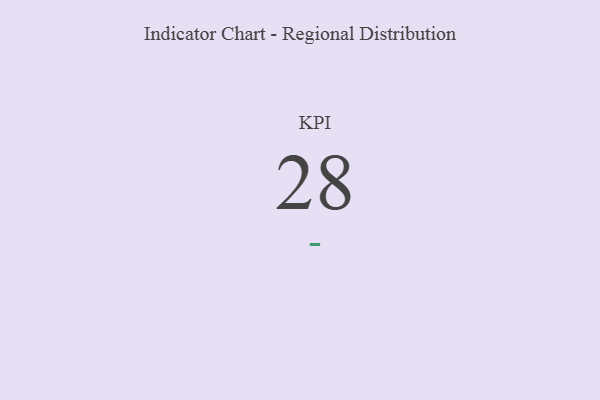
{"axis": {"x": "KPI", "y": "Value"}, "legend": [""], "data": [{"x": "KPI", "y": 28, "type": ""}]}